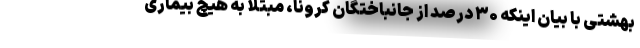
بهشتی با بیان اینکه ۳۰ درصد از جانباختگان کرونا، مبتلا به هیچ بیماری